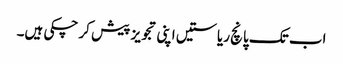
اب تک پانچ ریاستیں اپنی تجویز پیش کر چکی ہیں۔